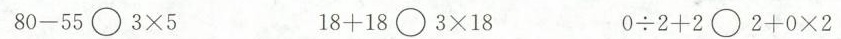
$$8 0 - 5 5 \bigcirc 3 \times 5$$ $$ 1 8 + 1 8 \bigcirc 3 \times 1 8$$ $$0 \div 2 + 2 \bigcirc 2 + 0 \times 2$$